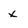
Character: x